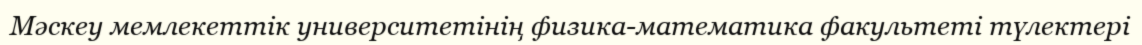
Мәскеу мемлекеттік университетінің физика-математика факультеті түлектері